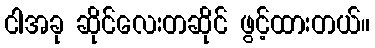
ငါအခု ဆိုင်လေးတဆိုင် ဖွင့်ထားတယ်။